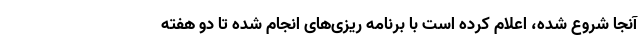
آنجا شروع شده، اعلام کرده است با برنامه ریزی‌های انجام شده تا دو هفته